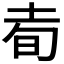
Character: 𰉭